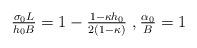
LaTeX: \begin{align*} \begin{aligned} \tfrac{\sigma_0 L}{h_0 B} = 1 - \tfrac{1 - \kappa h_0}{2\left(1-\kappa\right)} \,\,, \tfrac{\alpha_0}{B} = 1 \end{aligned} \end{align*}